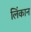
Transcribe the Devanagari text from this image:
लिंकान